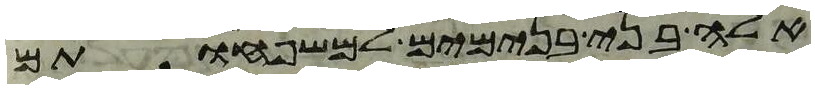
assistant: אלה בני בנימים למשפחותם